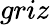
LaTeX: griz